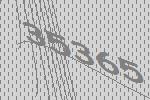
35365